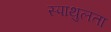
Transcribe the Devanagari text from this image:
स्पाथुलता